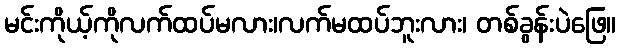
မင်းကိုယ့်ကိုလက်ထပ်မလား၊လက်မထပ်ဘူးလား၊ တစ်ခွန်းပဲဖြေ။